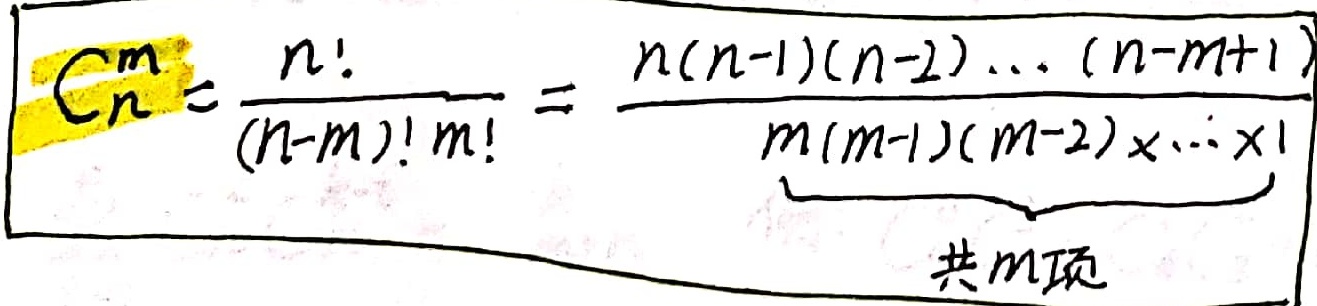
\[C_{n}^{m}=\frac{n!}{(n - m)!m!}=\frac{n(n - 1)(n - 2)\cdots(n - m + 1)}{\underbrace{m(m - 1)(m - 2)\times\cdots\times1}_{\text{共m项}}\]